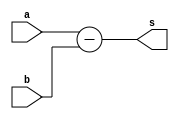
module sub4 (s,a,b);
output [4:0] s;
input [3:0] a,b;
assign s = a-b;
endmodule